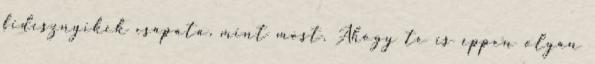
fidesznyikek csapata, mint most. Ahogy te is éppen olyan